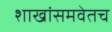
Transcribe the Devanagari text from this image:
शाखांसमवेतच